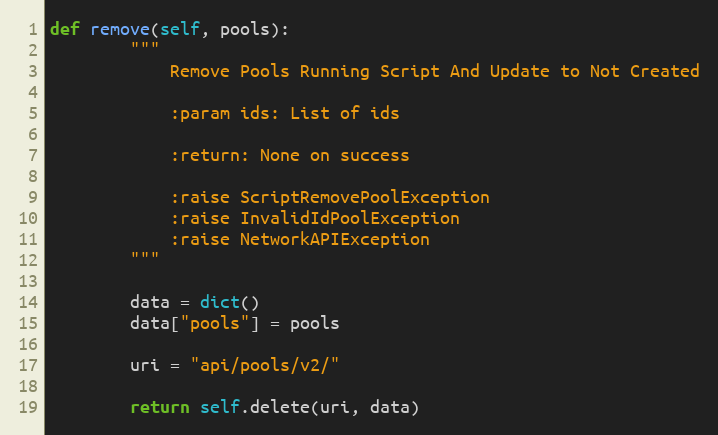
Language: Python
def remove(self, pools):
        """
            Remove Pools Running Script And Update to Not Created

            :param ids: List of ids

            :return: None on success

            :raise ScriptRemovePoolException
            :raise InvalidIdPoolException
            :raise NetworkAPIException
        """

        data = dict()
        data["pools"] = pools

        uri = "api/pools/v2/"

        return self.delete(uri, data)